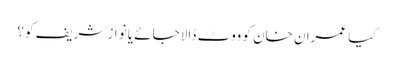
کیا عمران خان کو ووٹ ڈالا جائے یا نواز شریف کو؟